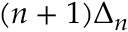
( n + 1 ) \Delta _ { n }